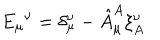
LaTeX: { E _ { \mu } } ^ { \nu } = \delta _ { \mu } ^ { \nu } - \hat { A } _ { \mu } ^ { A } \xi _ { A } ^ { \nu }